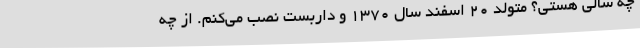
چه‌ سالی هستی؟ متولد 20 اسفند سال 1370 و داربست نصب می‌کنم. از چه